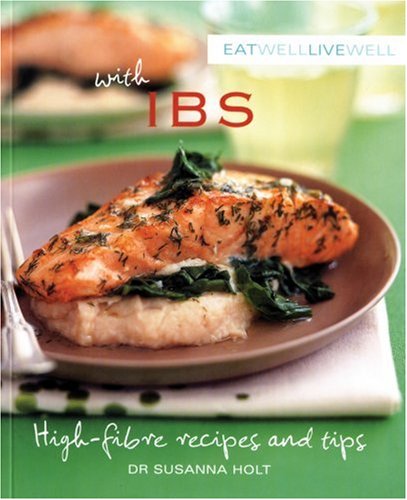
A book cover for Eat Well, Live Well with IBS: High Fibre Recipes and Tips; Susanna Holt PhD; Health, Fitness & Dieting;